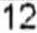
12